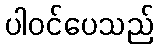
ပါဝင်ပေသည်